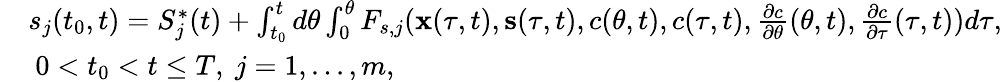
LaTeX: \begin{array}{rl}&{s_{j}(t_{0},t)=S_{j}^{*}(t)+\int_{t_{0}}^{t}d\theta\int_{0}^{\theta}F_{s,j}({\mathbf x}(\tau,t),{\mathbf s}(\tau,t),c(\theta,t),c(\tau,t),\frac{\partial c}{\partial\theta}(\theta,t),\frac{\partial c}{\partial\tau}(\tau,t))d\tau,}\\ &{\ 0<t_{0}<t\leq T,\ j=1,...,m,}\end{array}